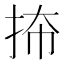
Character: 𪭬